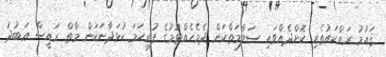
ޤައުމު ރައްކައުތެރި ކޮށްދެއްވައި ސަލާމަތްކަން ދެމެހެއްޓުމުގެ ފުރިހަމަ ކުޅަދާނަކަން މާތް ރައީސް ޢަބުދު